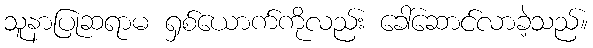
သူနာပြုဆရာမ ရှစ်ယောက်ကိုလည်း ခေါ်ဆောင်လာခဲ့သည်။